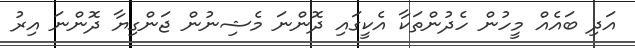
އަދި ބައެއް މީހުން ހެދުންތަކާ އެކީގައި ދޮންނަ މެޝިނުން ޖަންގިޔާ ދޮންނަ އިރު